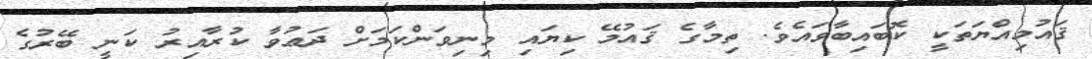
ޤައުމިއްޔަތަކީ ކޮބައިބާވައެވެ. ތިމާގެ ޤައުމޭ ކިޔައި މިނިވަންކަމަށް ދަޢުވާ ކުރާއިރު ކަނީ ބޭރުގެ